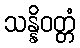
သန္နိဝတ္တံ